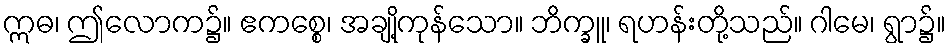
ဣဓ၊ ဤလောက၌။ ဧကစ္စေ၊ အချို့ကုန်သော။ ဘိက္ခူ၊ ရဟန်းတို့သည်။ ဂါမေ၊ ရွာ၌။